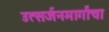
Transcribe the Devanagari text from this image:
उत्सर्जनमार्गांचा